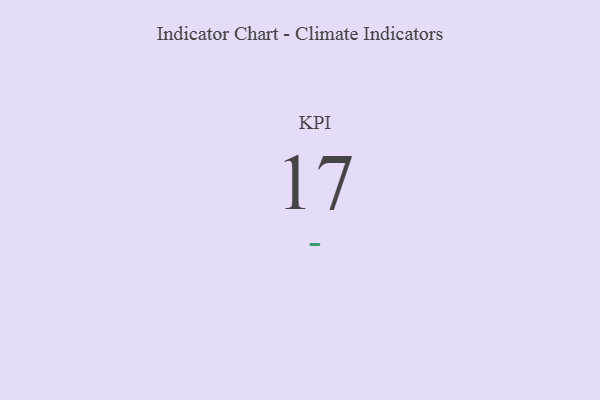
{"axis": {"x": "KPI", "y": "Value"}, "legend": [""], "data": [{"x": "KPI", "y": 17, "type": ""}]}